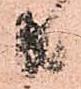
共